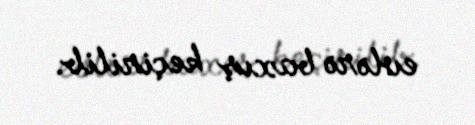
evlərə baxış keçirilib.